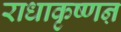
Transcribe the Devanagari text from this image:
राधाकृष्णऩ